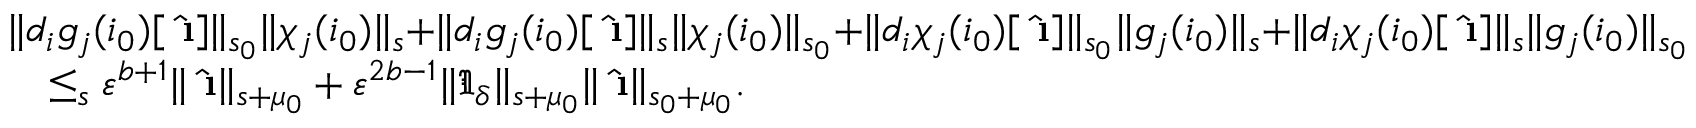
\begin{array} { r l } & { \rVert d _ { i } g _ { j } ( i _ { 0 } ) [ \hat { \textbf { \i } } ] \rVert _ { s _ { 0 } } \rVert \chi _ { j } ( i _ { 0 } ) \rVert _ { s } + \rVert d _ { i } g _ { j } ( i _ { 0 } ) [ \hat { \textbf { \i } } ] \rVert _ { s } \rVert \chi _ { j } ( i _ { 0 } ) \rVert _ { s _ { 0 } } + \rVert d _ { i } \chi _ { j } ( i _ { 0 } ) [ \hat { \textbf { \i } } ] \rVert _ { s _ { 0 } } \rVert g _ { j } ( i _ { 0 } ) \rVert _ { s } + \rVert d _ { i } \chi _ { j } ( i _ { 0 } ) [ \hat { \textbf { \i } } ] \rVert _ { s } \rVert g _ { j } ( i _ { 0 } ) \rVert _ { s _ { 0 } } } \\ & { \quad \le _ { s } \varepsilon ^ { b + 1 } \rVert \hat { \textbf { \i } } \rVert _ { s + \mu _ { 0 } } + \varepsilon ^ { 2 b - 1 } \rVert \mathfrak { I } _ { \delta } \rVert _ { s + \mu _ { 0 } } \rVert \hat { \textbf { \i } } \rVert _ { s _ { 0 } + \mu _ { 0 } } . } \end{array}